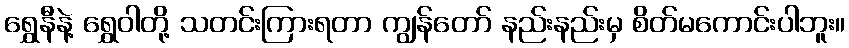
ရွှေနီနဲ့ ရွှေဝါတို့ သတင်းကြားရတာ ကျွန်တော် နည်းနည်းမှ စိတ်မကောင်းပါဘူး။